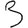
Digit: 3